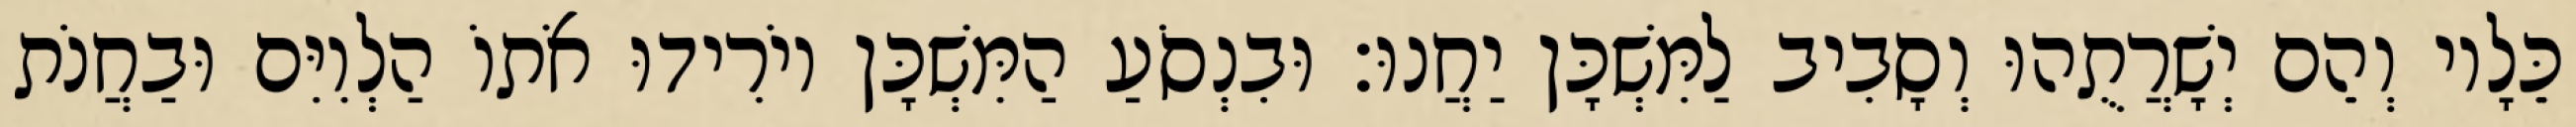
כֵּלָיו וְהֵם יְשָׁרֲתֻהוּ וְסָבִיב לַמִּשְׁכָּן יַחֲנוּ׃ וּבִנְסֹעַ הַמִּשְׁכָּן יוֹרִידוּ אֹתוֹ הַלְוִיִּם וּבַחֲנֹת